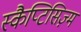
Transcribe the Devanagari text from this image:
स्कैप्टिसिज़्म